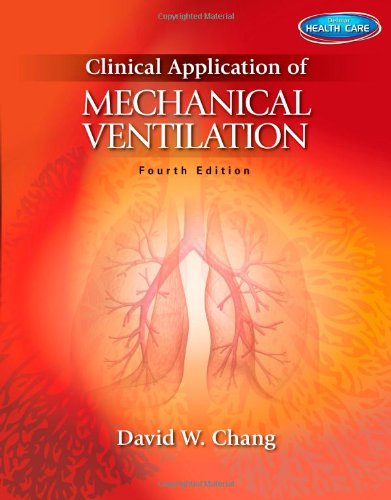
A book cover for Clinical Application of Mechanical Ventilation; David W. Chang; Medical Books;